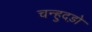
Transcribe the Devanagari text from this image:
चन्हुदड़ो